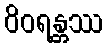
ဝိဝရန္တဿ